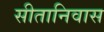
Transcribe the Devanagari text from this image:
सीतानिवास